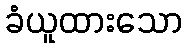
ခံယူထားသော